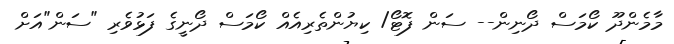
މާމެންދޫ ކޯމަސް ދޯނިން-- ސަން ފޮޓޯ/ ކިޔުންތެރިއެއް ކޯމަސް ދޯނީގެ ފަޅުވެރި "ސަން"އަށް